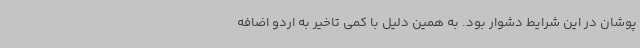
پوشان در این شرایط دشوار بود. به همین دلیل با کمی تاخیر به اردو اضافه